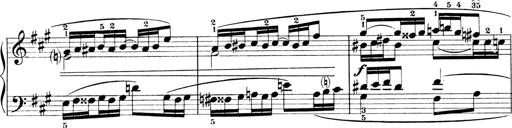
Title: 4 Sonatines
Composer: Max Reger